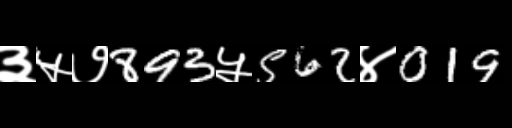
Text: ३५७893५562४019